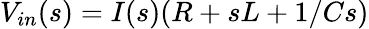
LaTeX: V_{in}(s)=I(s)(R+sL+1/Cs)